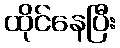
ထိုင်နေပြီး